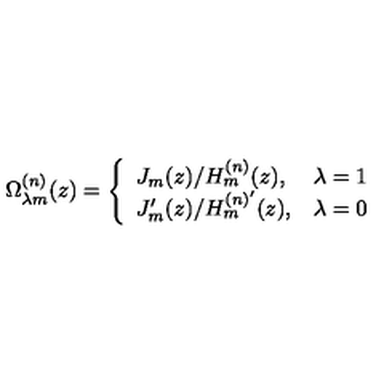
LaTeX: \Omega _ { \lambda m } ^ { ( n ) } ( z ) = \left\{ \begin{array} { l l } { J _ { m } ( z ) / H _ { m } ^ { ( n ) } ( z ) , } & { \lambda = 1 } \\ { J _ { m } ^ { \prime } ( z ) / H _ { m } ^ { ( n ) ^ { \prime } } ( z ) , } & { \lambda = 0 } \\ \end{array} \right.